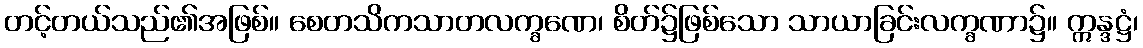
တင့်တယ်သည်၏အဖြစ်။ စေတသိကသာတလက္ခဏေ၊ စိတ်၌ဖြစ်သော သာယာခြင်းလက္ခဏာ၌။ ဣန္ဒဋ္ဌံ၊